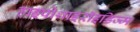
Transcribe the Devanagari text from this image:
हाइपोथाइरॉइडिज्म